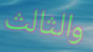
والثالث